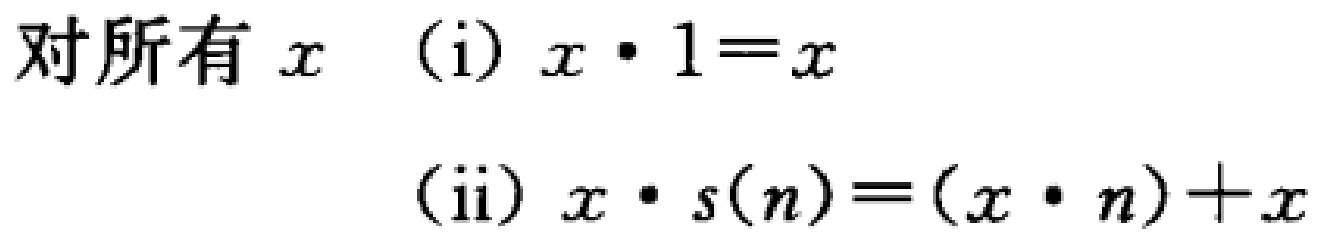
对所有 \(x\) （i）\(x\cdot 1 = x\)
（ii）\(x\cdot s(n)=(x\cdot n)+x\)